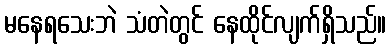
မနေရသေးဘဲ သံတဲတွင် နေထိုင်လျက်ရှိသည်။